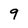
Character: 9